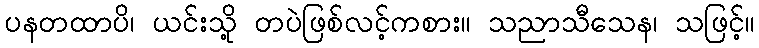
ပနတထာပိ၊ ယင်းသို့ တပဲဖြစ်လင့်ကစား။ သညာသီသေန၊ သဖြင့်။